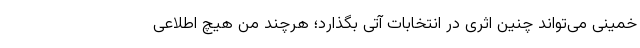
خمینی می‌تواند چنین اثری در انتخابات آتی بگذارد؛ هرچند من هیچ اطلاعی